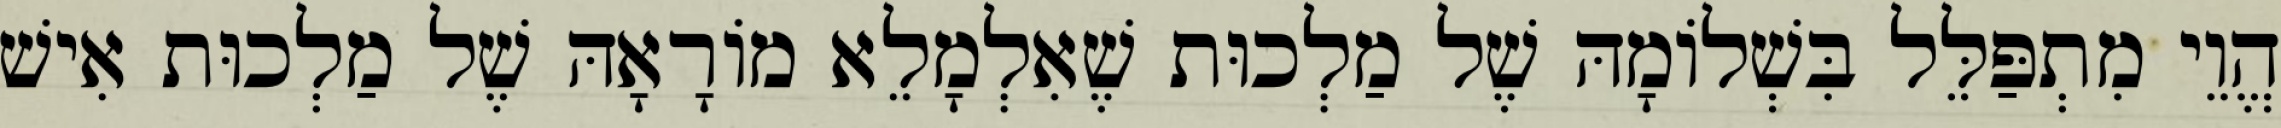
הֱוֵי מִתְפַּלֵּל בִּשְׁלוֹמָהּ שֶׁל מַלְכוּת שֶׁאִלְמָלֵא מוֹרָאָהּ שֶׁל מַלְכוּת אִישׁ